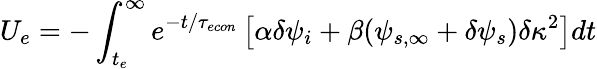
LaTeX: U_{e}=-\int_{t_{e}}^{\infty}e^{-t/{\tau_{econ}}}\left[\alpha\delta\psi_{i}+\beta(\psi_{s,\infty}+\delta\psi_{s})\delta\kappa^{2}\right]dt